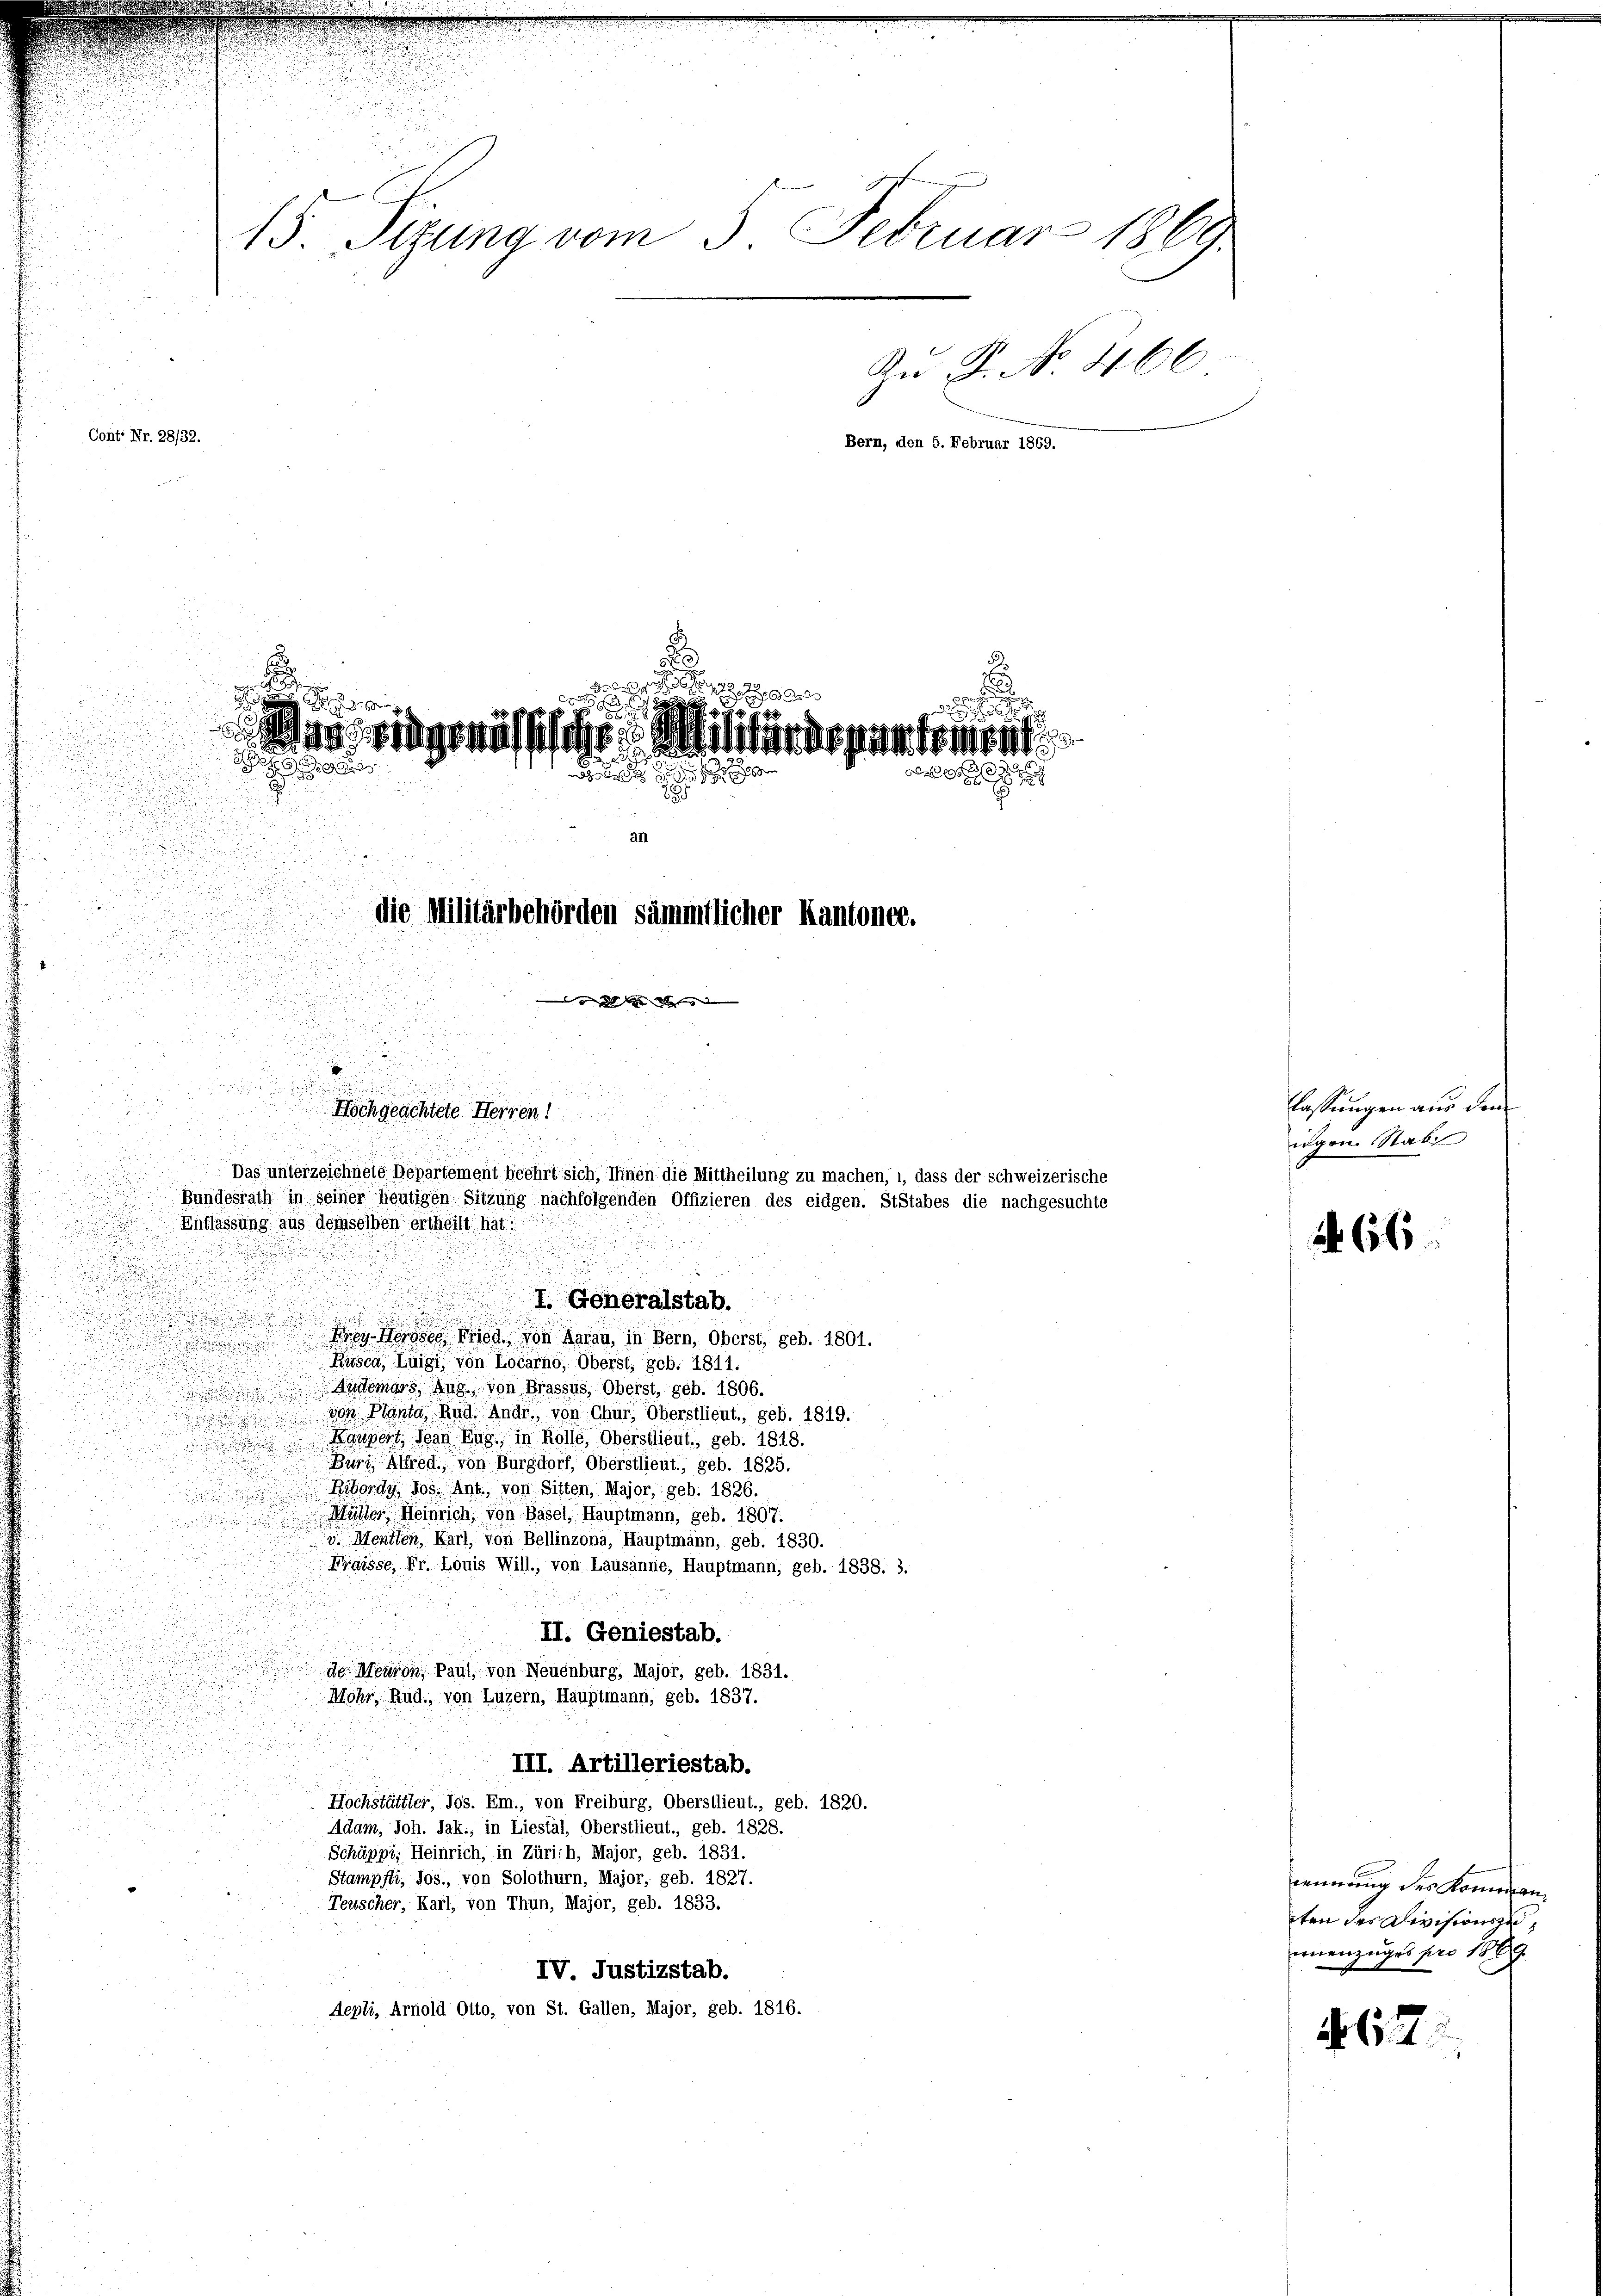
15. Sizung vom 5. Februar 1869
Kn P. No 466.
Sont Nr. 28/32.
Bern, den 5. Februar 1869.

e

in, eidgenössische Militärdepartement
 25

e
die Militärbehörden sämmtlicher Kantones.
ge
u

t

I. Generalstab.

Frees wird von daran, in Bern, Oberst, geb. 1801.
Rusca, Luigi, von Locarno, Oberst, geb. 1811.
Anderars, Zug von Brassus, Oberst, geb. 1806.
 von Planta, Rud. Andr. von Chur, Oberstlieut., geb. 1819.
Kaupert, den Zug, in Rolle, Oberstlieut., geb. 1818.

Buri, Alfred, von Burgdorf, Oberstlieut., geb. 1825.
Ribordy, Jos. Ant., von Sitten, Major, geb. 1826.
Müller, Heinrich, von Basel, Hauptmann, geb. 1807.
v. Mentlen, Kart, von Bellinzona, Hauptmann, geb. 1830.
Fraisse, Fr. Louis Will, von Lausanne, Hauptmann, geb. 1838. 3.

II. Geniestab.
de Meuron, Paul, von Neuenburg, Major, geb. 1831.
Mohr, Rud. von Luzern, Hauptmann, geb. 1837.
III. Artilleriestab.
Hochstättler, Jos. Em., von Freiburg, Oberstlieut., geb. 1820.
Adum, Joh. Jak., in Liestal, Oberstlieut., geb. 1828.
Schäppi, Heinrich, in Zürich, Major, geb. 1831.
Stampfli, Jos., von Solothurn, Major, geb. 1827.
Teuscher, Karl, von Thun, Major, geb. 1833.
IV. Justizstab.
depli, Arnold Otto, von St. Gallen, Major, geb. 1816.

u
e

u
Hochgeachtete Herren!
Das unterzeichnete Departement beehrt sich, Ihnen die Mittheilung zu machen, 1, dass der schweizerische
Bundesrath in seiner heutigen Sitzung nachfolgenden Offizieren des eidgen. StStabes die nachgesuchte
Entlassung aus demselben ertheilt hat:

lassungen aus den
wgen Stab

66

rennung des Komman
ten des Divisionszuernenzuges pro 1809.

67.